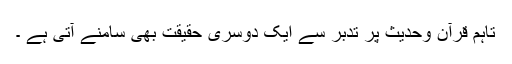
تاہم قرآن وحدیث پر تدبر سے ایک دوسری حقیقت بھی سامنے آتی ہے ۔